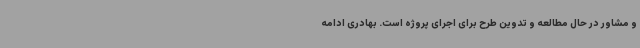
و مشاور در حال مطالعه و تدوین طرح برای اجرای پروژه است. بهادری ادامه